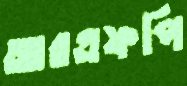
আরএফপি